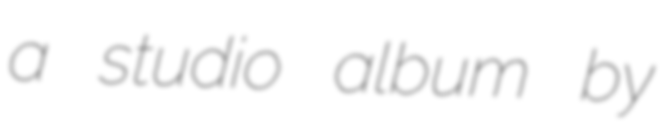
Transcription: a studio album by